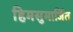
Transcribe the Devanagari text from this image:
हिमसुमार्जित